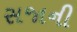
સજાની